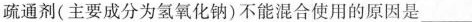
疏通剂（主要成分为氢氧化钠）不能混合使用的原因是___